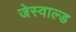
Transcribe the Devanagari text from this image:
जेस्वाल्ड